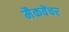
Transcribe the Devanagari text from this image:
मैकवेंचर